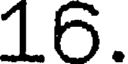
16.